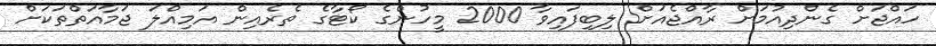
ހައްޖަށް ގެންދިއުމަށް ރާއްޖެއަށް ލިބިފައިވާ 2000 މީހުންގެ ކޯޓާގެ ތެރެއިން އަމިއްލަ ޖަމާއަތްތަކަށް